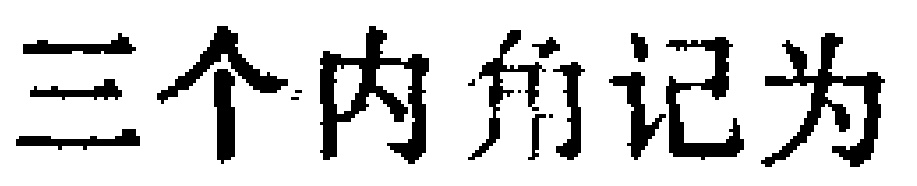
三个内角记为